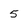
Character: 5